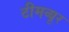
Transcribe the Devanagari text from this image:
टीमव्यूर